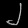
Digit: ၂